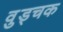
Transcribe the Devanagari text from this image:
वुड्चक